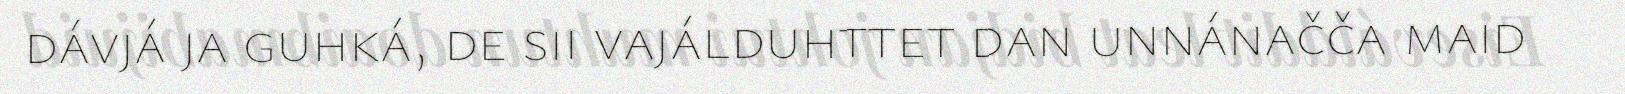
dávjá ja guhká, de sii vajálduhttet dan unnánačča maid